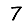
Digit: 7